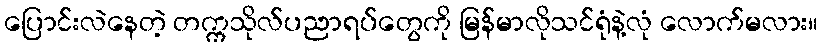
ပြောင်းလဲနေတဲ့ တက္ကသိုလ်ပညာရပ်တွေကို မြန်မာလိုသင်ရုံနဲ့လုံ လောက်မလား။